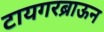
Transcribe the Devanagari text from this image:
टायगरब्राऊन